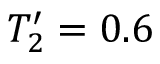
T _ { 2 } ^ { \prime } = 0 . 6